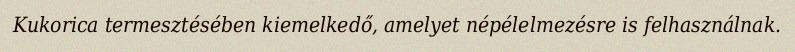
Kukorica termesztésében kiemelkedő, amelyet népélelmezésre is felhasználnak.